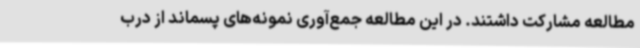
مطالعه مشارکت داشتند. در این مطالعه جمع‌آوری نمونه‌های پسماند از درب